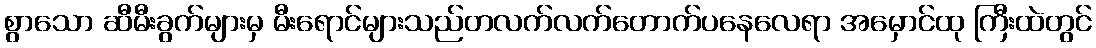
စွာသော ဆီမီးခွက်များမှ မီးရောင်များသည်တလက်လက်တောက်ပနေလေရာ အမှောင်ထု ကြီးထဲတွင်